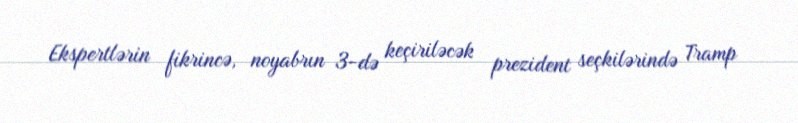
Ekspertlərin fikrincə, noyabrın 3-də keçiriləcək prezident seçkilərində Tramp